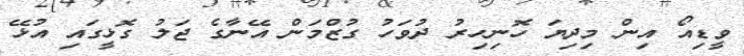
ވީޑިއޯ އިން މިދިޔަ ހޮނިހިރު ދުވަހު ގުޒްމަން އޭނާގެ ޖަލު ގޮޅީގައި އުޅޭ